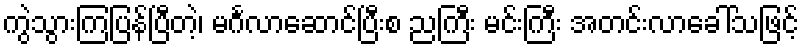
ကွဲသွားကြပြန်ပြီတဲ့၊ မင်္ဂလာဆောင်ပြီးစ ညကြီး မင်းကြီး အတင်းလာခေါ်သဖြင့်